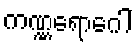
ကဏ္ဏရောဂေါ